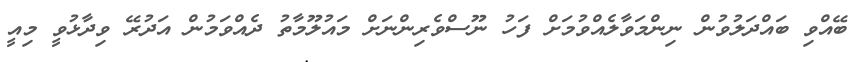
ބޭއްވި ބައްދަލުވުން ނިންމަވާލެއްވުމަށް ފަހު ނޫސްވެރިންނަށް މައުލޫމާތު ދެއްވަމުން އަދުރޭ ވިދާޅުވީ މިއީ